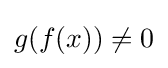
g(f(x))\neq 0